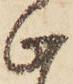
止